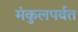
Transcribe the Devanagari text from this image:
मंकुलपर्वत